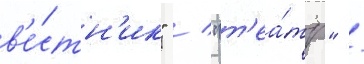
в'е́стн'ик" / "т'еа́тр" /